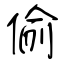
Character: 偷